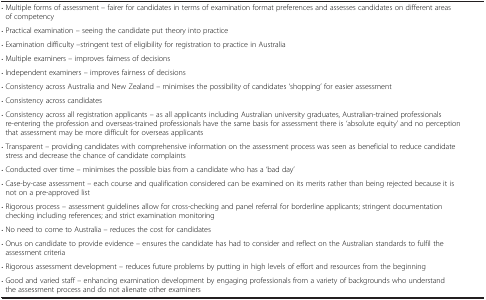
<table><thead><tr><td><b> </b></td><td><b> </b></td></tr></thead><tbody><tr><td colspan="2">· Multiple forms of assessment – fairer for candidates in terms of examination format preferences and assesses candidates on different areas of competency</td></tr><tr><td colspan="2">· Practical examination – seeing the candidate put theory into practice</td></tr><tr><td colspan="2">· Examination difficulty –stringent test of eligibility for registration to practice in Australia</td></tr><tr><td colspan="2">· Multiple examiners – improves fairness of decisions</td></tr><tr><td colspan="2">· Independent examiners – improves fairness of decisions</td></tr><tr><td colspan="2">· Consistency across Australia and New Zealand – minimises the possibility of candidates ‘shopping’ for easier assessment</td></tr><tr><td colspan="2">· Consistency across candidates</td></tr><tr><td colspan="2">· Consistency across all registration applicants – as all applicants including Australian university graduates, Australian-trained professionals re-entering the profession and overseas-trained professionals have the same basis for assessment there is ‘absolute equity’ and no perception that assessment may be more difficult for overseas applicants</td></tr><tr><td colspan="2">· Transparent – providing candidates with comprehensive information on the assessment process was seen as beneficial to reduce candidate stress and decrease the chance of candidate complaints</td></tr><tr><td colspan="2">· Conducted over time – minimises the possible bias from a candidate who has a ‘bad day’</td></tr><tr><td colspan="2">· Case-by-case assessment – each course and qualification considered can be examined on its merits rather than being rejected because it is not on a pre-approved list</td></tr><tr><td colspan="2">· Rigorous process – assessment guidelines allow for cross-checking and panel referral for borderline applicants; stringent documentation checking including references; and strict examination monitoring</td></tr><tr><td colspan="2">· No need to come to Australia – reduces the cost for candidates</td></tr><tr><td colspan="2">· Onus on candidate to provide evidence – ensures the candidate has had to consider and reflect on the Australian standards to fulfil the assessment criteria</td></tr><tr><td colspan="2">· Rigorous assessment development – reduces future problems by putting in high levels of effort and resources from the beginning</td></tr><tr><td colspan="2">· Good and varied staff – enhancing examination development by engaging professionals from a variety of backgrounds who understand the assessment process and do not alienate other examiners</td></tr></tbody></table>